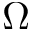
\Omega